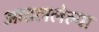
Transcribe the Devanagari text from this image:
आढललेल्या